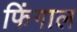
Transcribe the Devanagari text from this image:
फिंगाल